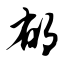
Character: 郁